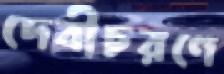
দেবীচরণে